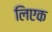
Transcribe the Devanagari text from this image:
लिएक